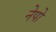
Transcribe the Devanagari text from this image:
नेपो